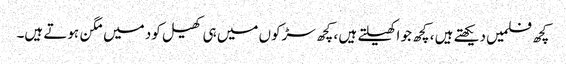
کچھ فلمیں دیکھتے ہیں ، کچھ جو اکھیلتے ہیں ، کچھ سڑکوں میں ہی کھیل کود میں مگن ہوتے ہیں۔